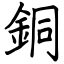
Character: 銅